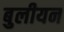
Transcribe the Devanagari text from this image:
बुलीयन